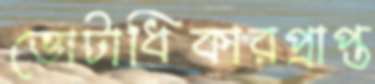
ভোটাধিকারপ্রাপ্ত